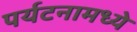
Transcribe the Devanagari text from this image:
पर्यटनामध्ये